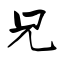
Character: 兄